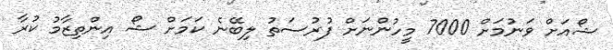
ޝޯއަށް ވަނުމަށް 7000 މީހުންނަށް ފުރުސަތު ލިބޭނެ ކަމަށް ޝޯ އިންތިޒާމު ކުރާ